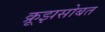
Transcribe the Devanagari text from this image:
क्रूझसोबत